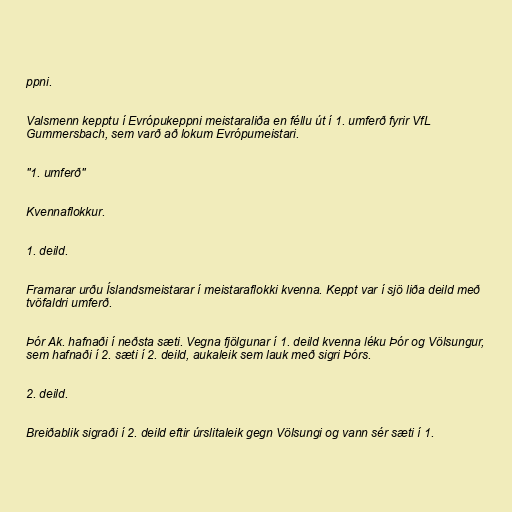
ppni.

Valsmenn kepptu í Evrópukeppni meistaraliða en féllu út í 1. umferð fyrir VfL
Gummersbach, sem varð að lokum Evrópumeistari.

"1. umferð"

Kvennaflokkur.

1. deild.

Framarar urðu Íslandsmeistarar í meistaraflokki kvenna. Keppt var í sjö liða deild með
tvöfaldri umferð.

Þór Ak. hafnaði í neðsta sæti. Vegna fjölgunar í 1. deild kvenna léku Þór og Völsungur,
sem hafnaði í 2. sæti í 2. deild, aukaleik sem lauk með sigri Þórs.

2. deild.

Breiðablik sigraði í 2. deild eftir úrslitaleik gegn Völsungi og vann sér sæti í 1.